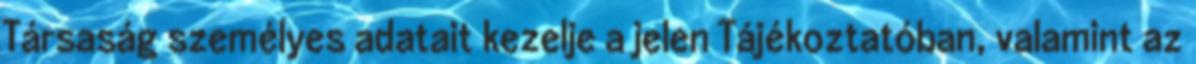
Társaság személyes adatait kezelje a jelen Tájékoztatóban, valamint az